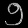
Digit: ၅